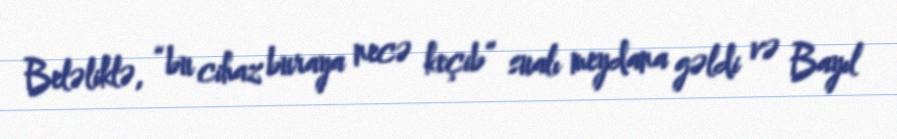
Beləliklə, “bu cihaz buraya necə keçib” sualı meydana gəldi və Bayıl